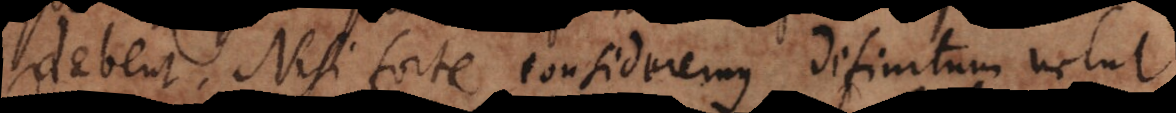
debent. Nisi forte consideremus definitum velut